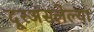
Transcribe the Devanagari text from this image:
दूरअसलेल्या